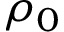
\rho _ { 0 }